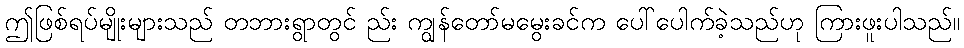
ဤဖြစ်ရပ်မျိုးများသည် တဘားရွာတွင် ည်း ကျွန်တော်မမွေးခင်က ပေါ်ပေါက်ခဲ့သည်ဟု ကြားဖူးပါသည်။